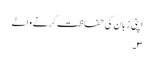
اپنی زبان کی حفاظت کرنے والے
۳۔